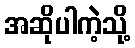
အဆိုပါကဲ့သို့